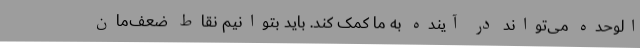
الوحده می‌تواند در آینده به ما کمک کند. باید بتوانیم نقاط ضعف‌مان